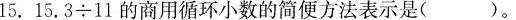
15.$$1 5 . 3 \div 1 1$$的商用循环小数的简便方法表示是()。